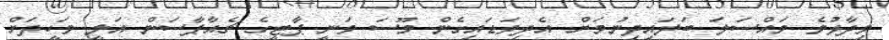
ވިދާޅުވެ މައްސަލަ ބަލައިދިނުމަށް އެދިވަޑައިގެން މޫސަ ވަނީ ޕާޓީގެ ޗެއާޕާސަން އަލީ ވަހީދަށް